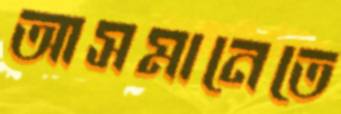
আসমানেতে